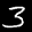
Label: 3